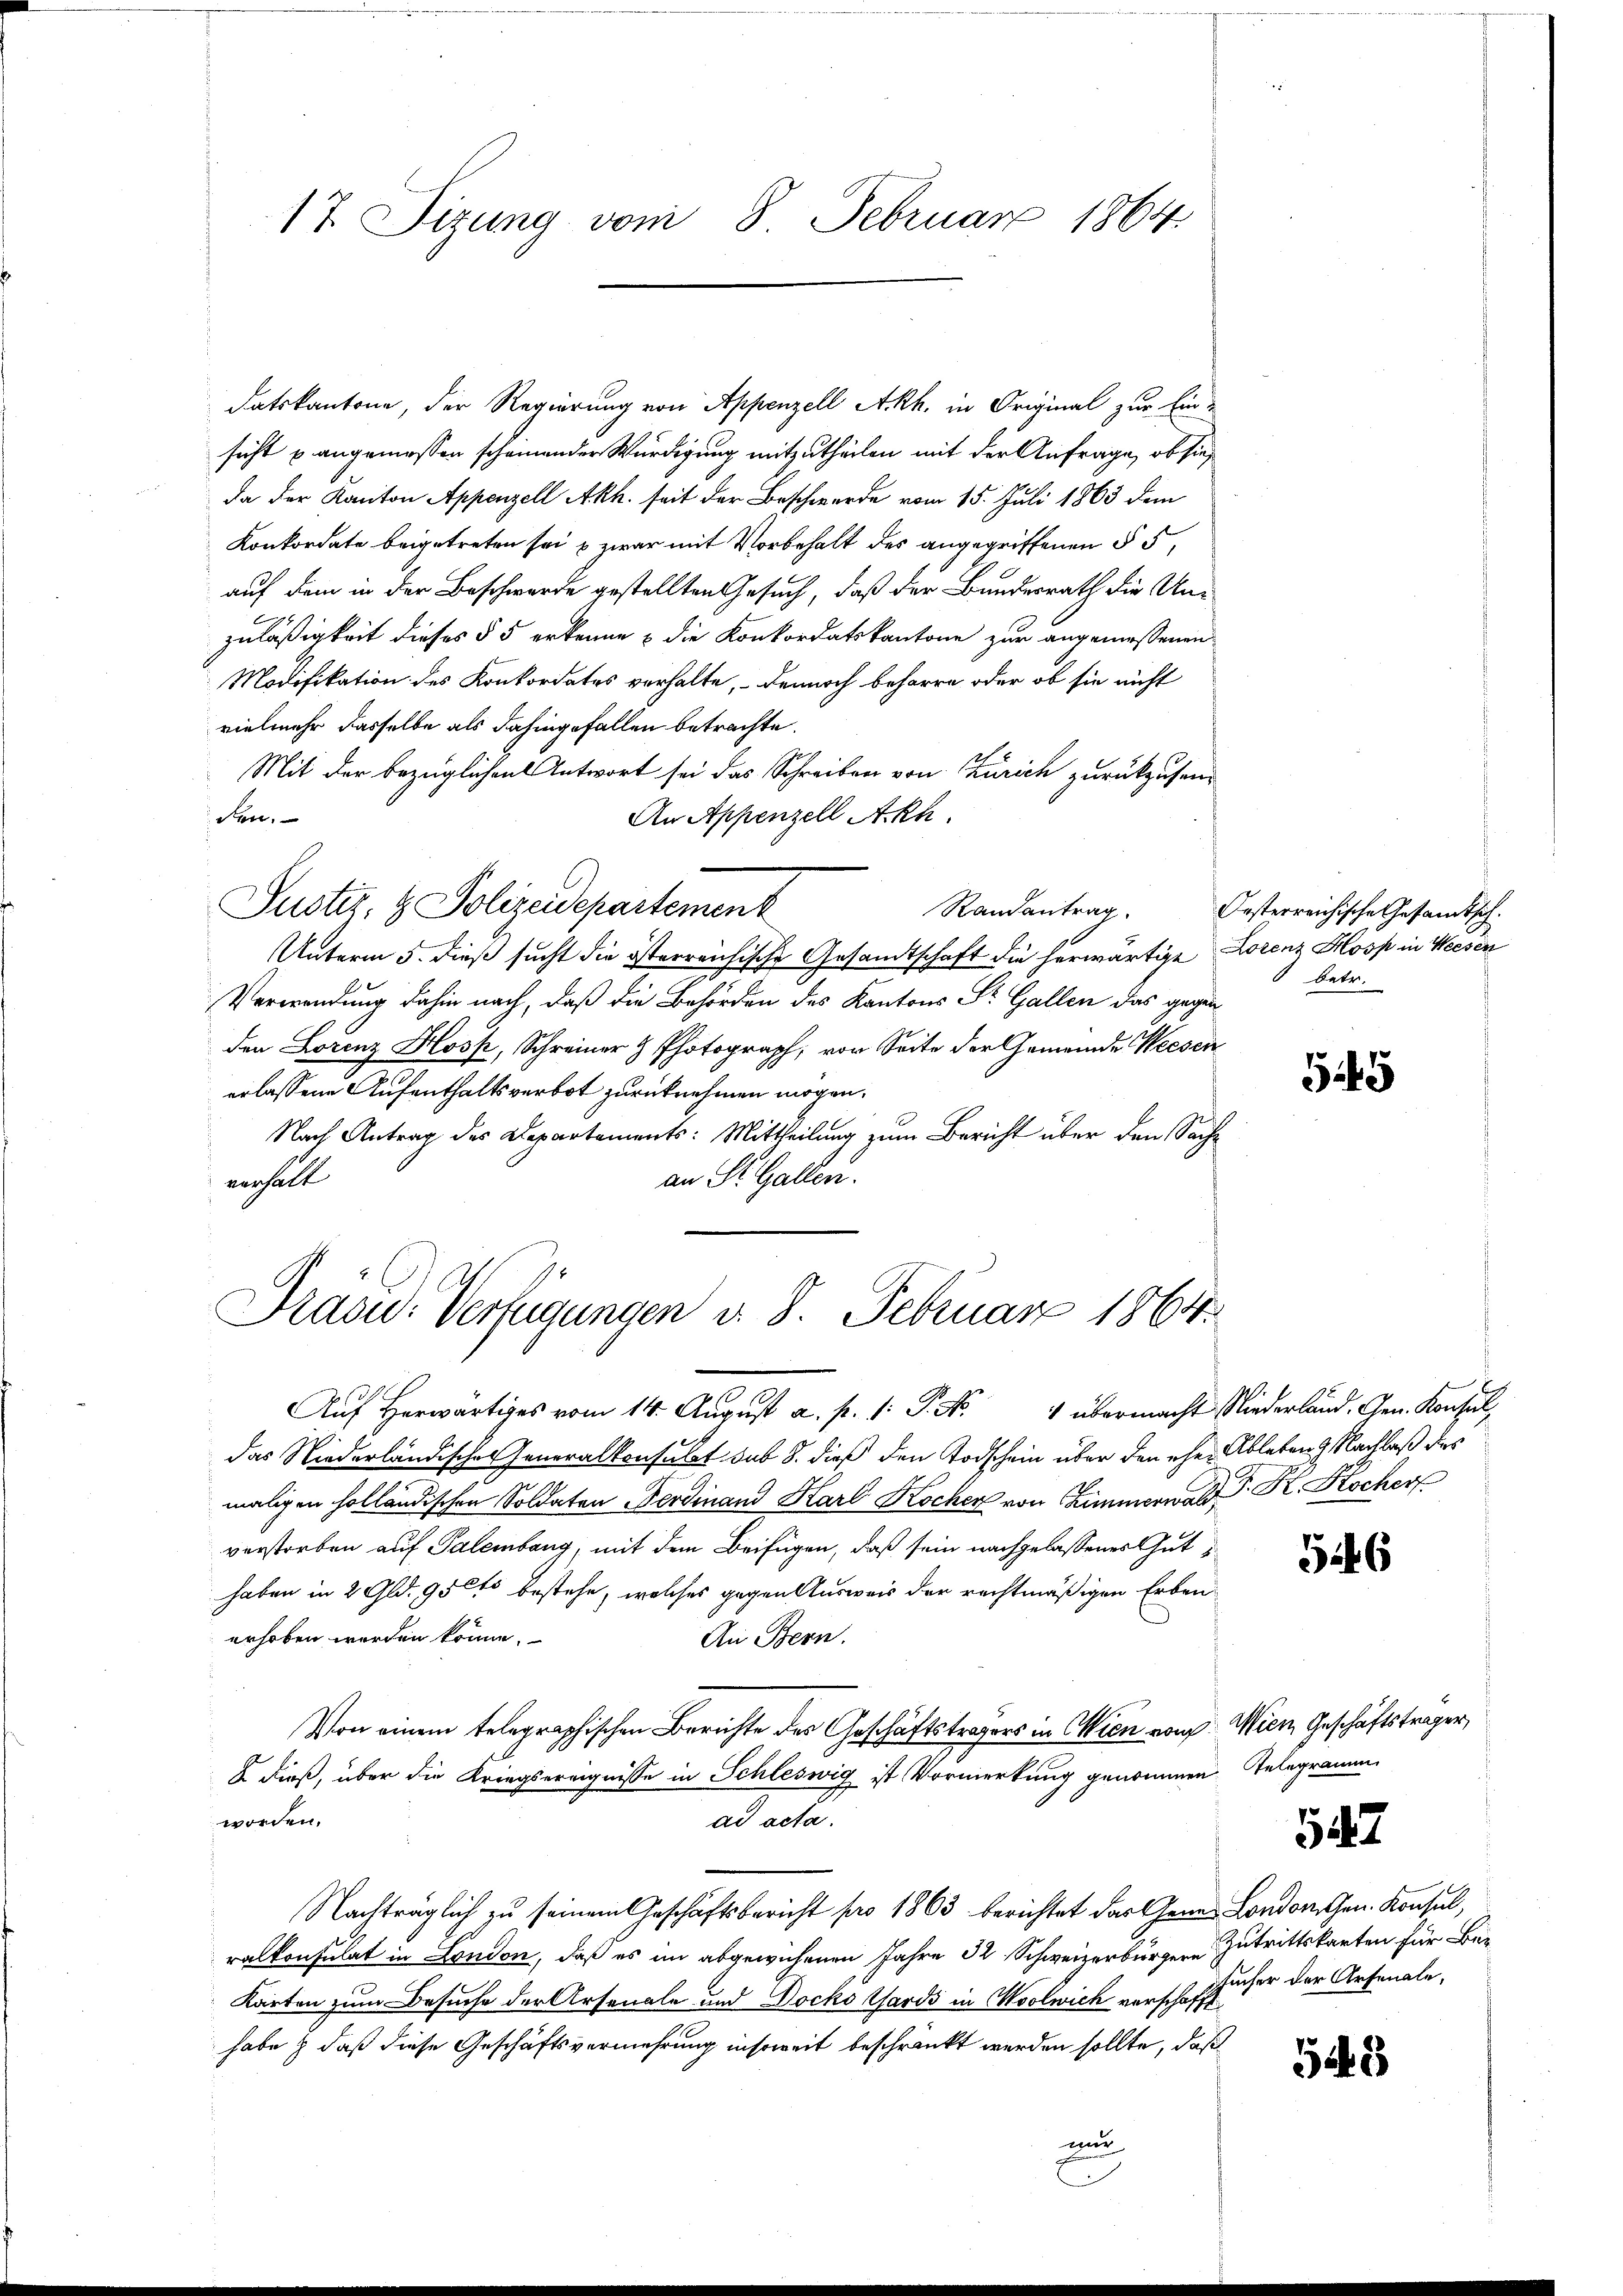
17 Sizung vom 8. Februar 1864

datskantone, der Regierung von Appenzell Akh. in Original zur Ein-
sicht u angemessen scheinender Würdigung mitzutheilen mit der Anfrage, ob sie
da der Kanton Appenzell Akh. seit der Beschwerde vom 15. Juli 1863 dem
Konkordate beigetreten sei, & zwar mit Vorbehalt des angegriffenen § 5,
auf dem in der Beschwerde gestellten Gesuch, daß der Bundesrath die Unzuläßigkeit dieses § 5 erkenne & die Konkordatskantone zur angemessenen
Modifikation des Konkordates verhalte, – dennoch beharre oder ob sie nicht
vielmehr dasselbe als dahingefallen betrachte.
Mit der bezüglichen Antwort sei das Schreiben von Zürich zurückzusensen.
An Appenzell A.Rh.
Justiz- & Polizeidepartement
Randantrag.
Unterm 5. dieß sucht die österreichische Gesandtschaft die herwärtige Lorenz Hosp in Weesen
Verwendung dahin nach, daß die Behörden des Kantons Sr. Gallen das gegenden Lorenz Hosk, Schreiner H Photograph, von Seite der Gemeinde Weesen
erlassene Aufenthaltsverbot zurücknehmen mögen.
Nach Antrag des Departements: Mittheilung zum Bericht über den Sache
an St. Gallen.
verhält

Präsid.. Verfügungen d. 8. Februar 1864.

Auf Herwärtiges vom 14. August a. p. 1. P. Nr. 4 übermacht Niederland. Gen. Konsul,
das Niederländischen Generalkonsulat sub 8. dieß den Todschein über den eher Ableben 9 Nachlaß des
maligen holländischen Soldaten Ferdinand Harl Kocher von Zimmerwald G. K. Kocher
verstorben auf Palembang, mit dem Beifügen, daß sein nachgelassenes Guthaben in 2 Gld. 95 Cts bestehe, welches gegen Ausweis der rechtmäßigen Erben
erhoben werden könne.
An Bern.
Von einem telegraphischen Berichte des Geschäftsträgers in Wien von Wien Geschäftsträger,
2 dieß, über die Kriegsereignisse in Schleswig ist Vormerkung genommen Telegramm
worden.
ad acta.
Nachträglich zu seinem Geschäftsbericht pro 1863 berichtet das Gener London, Gen. Konsul,
ralkonsulat in London, daß es im abgewichenen Jahre 32 Schweizerbürger Zutrittskarten für Ber
Karten zum Besuche der Arsonale und Docko Wards in Moolwich verschafft
habe & daß diese Geschäftsvermehrung insoweit beschränkt werden sollte, daß
und

Oesterreichische Gesandtschbetr.

543

546

sucher der Arsenale,

547

543